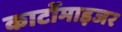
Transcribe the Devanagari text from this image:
कार्टोमाइजर